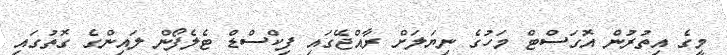
މީގެ އިތުރުން އޮގަސްޓް މަހުގެ ނިޔަލަށް ރާއްޖޭގައި ފިކްސްޑް ޓެލެފޯން ލައިންގެ ގޮތުގައި